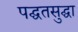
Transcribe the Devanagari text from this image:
पद्घतसुद्घा